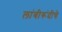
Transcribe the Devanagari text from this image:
लांबीरूंदीचे